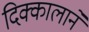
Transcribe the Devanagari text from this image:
दिक्कालाने